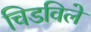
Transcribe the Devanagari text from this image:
चिडविले